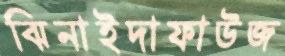
ঝিনাইদাফাউজ